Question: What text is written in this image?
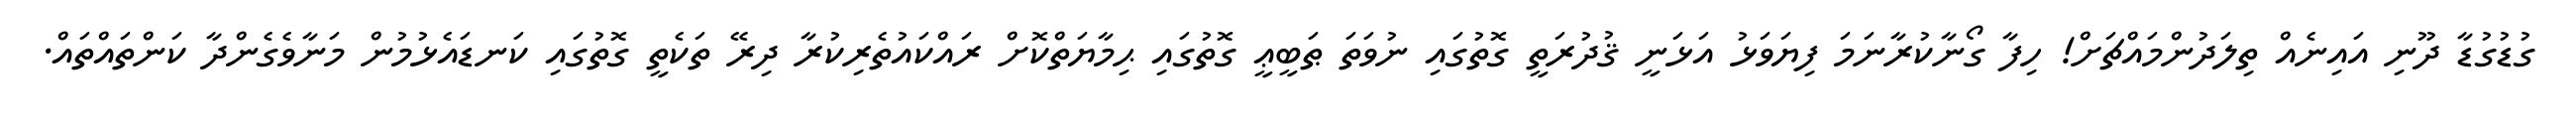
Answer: ގުޑުގުޑާ ދޫނި އައިނެއް ތިލަދުންމައްޗަށް! ހިފާ ގޯނާކުރާނަމަ ފިޔަވަޅު އަޅަނީ ޤުދުރަތީ ގޮތުގައި ނުވަތަ ޠަބީޢީ ގޮތުގައި ޙިމާޔަތްކޮށް ރައްކައުތެރިކުރާ ދިރޭ ތަކެތީ ގޮތުގައި ކަނޑައެޅުމުން މަނާވެގެންދާ ކަންތައްތައް.